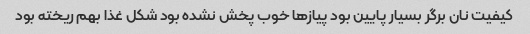
کیفیت نان برگر بسیار پایین بود پیاز‌ها خوب پخش نشده بود شکل غذا بهم ریخته بود